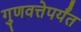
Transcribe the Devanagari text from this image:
गुणवत्तेपर्यंत